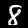
Digit: 8